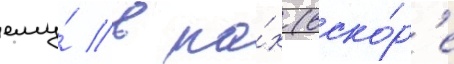
ему́ в па́х (вско́р'е